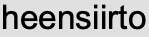
heensiirto